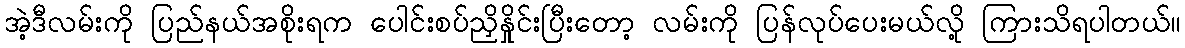
အဲ့ဒီလမ်းကို ပြည်နယ်အစိုးရက ပေါင်းစပ်ညှိနှိုင်းပြီးတော့ လမ်းကို ပြန်လုပ်ပေးမယ်လို့ ကြားသိရပါတယ်။